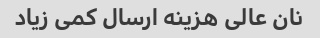
نان عالی هزینه ارسال کمی زیاد